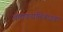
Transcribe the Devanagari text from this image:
कवकप्रतिबंधक